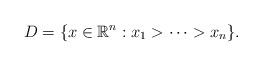
LaTeX: \begin{align*}D=\{x\in\mathbb{R}^n:x_1>\cdots>x_n\}. \end{align*}